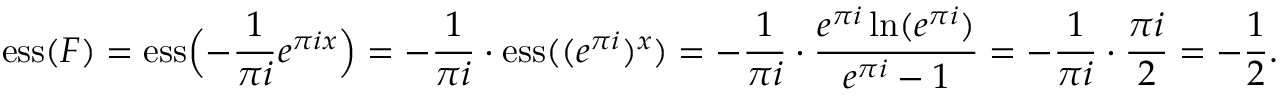
\displaystyle \mathrm { e s s } ( F ) = \mathrm { e s s } \Bigl ( - \frac { 1 } { \pi i } e ^ { \pi i x } \Bigr ) = - \frac { 1 } { \pi i } \cdot \mathrm { e s s } ( ( e ^ { \pi i } ) ^ { x } ) = - \frac { 1 } { \pi i } \cdot \frac { e ^ { \pi i } \ln ( e ^ { \pi i } ) } { e ^ { \pi i } - 1 } = - \frac { 1 } { \pi i } \cdot \frac { \pi i } { 2 } = - \frac { 1 } { 2 } .